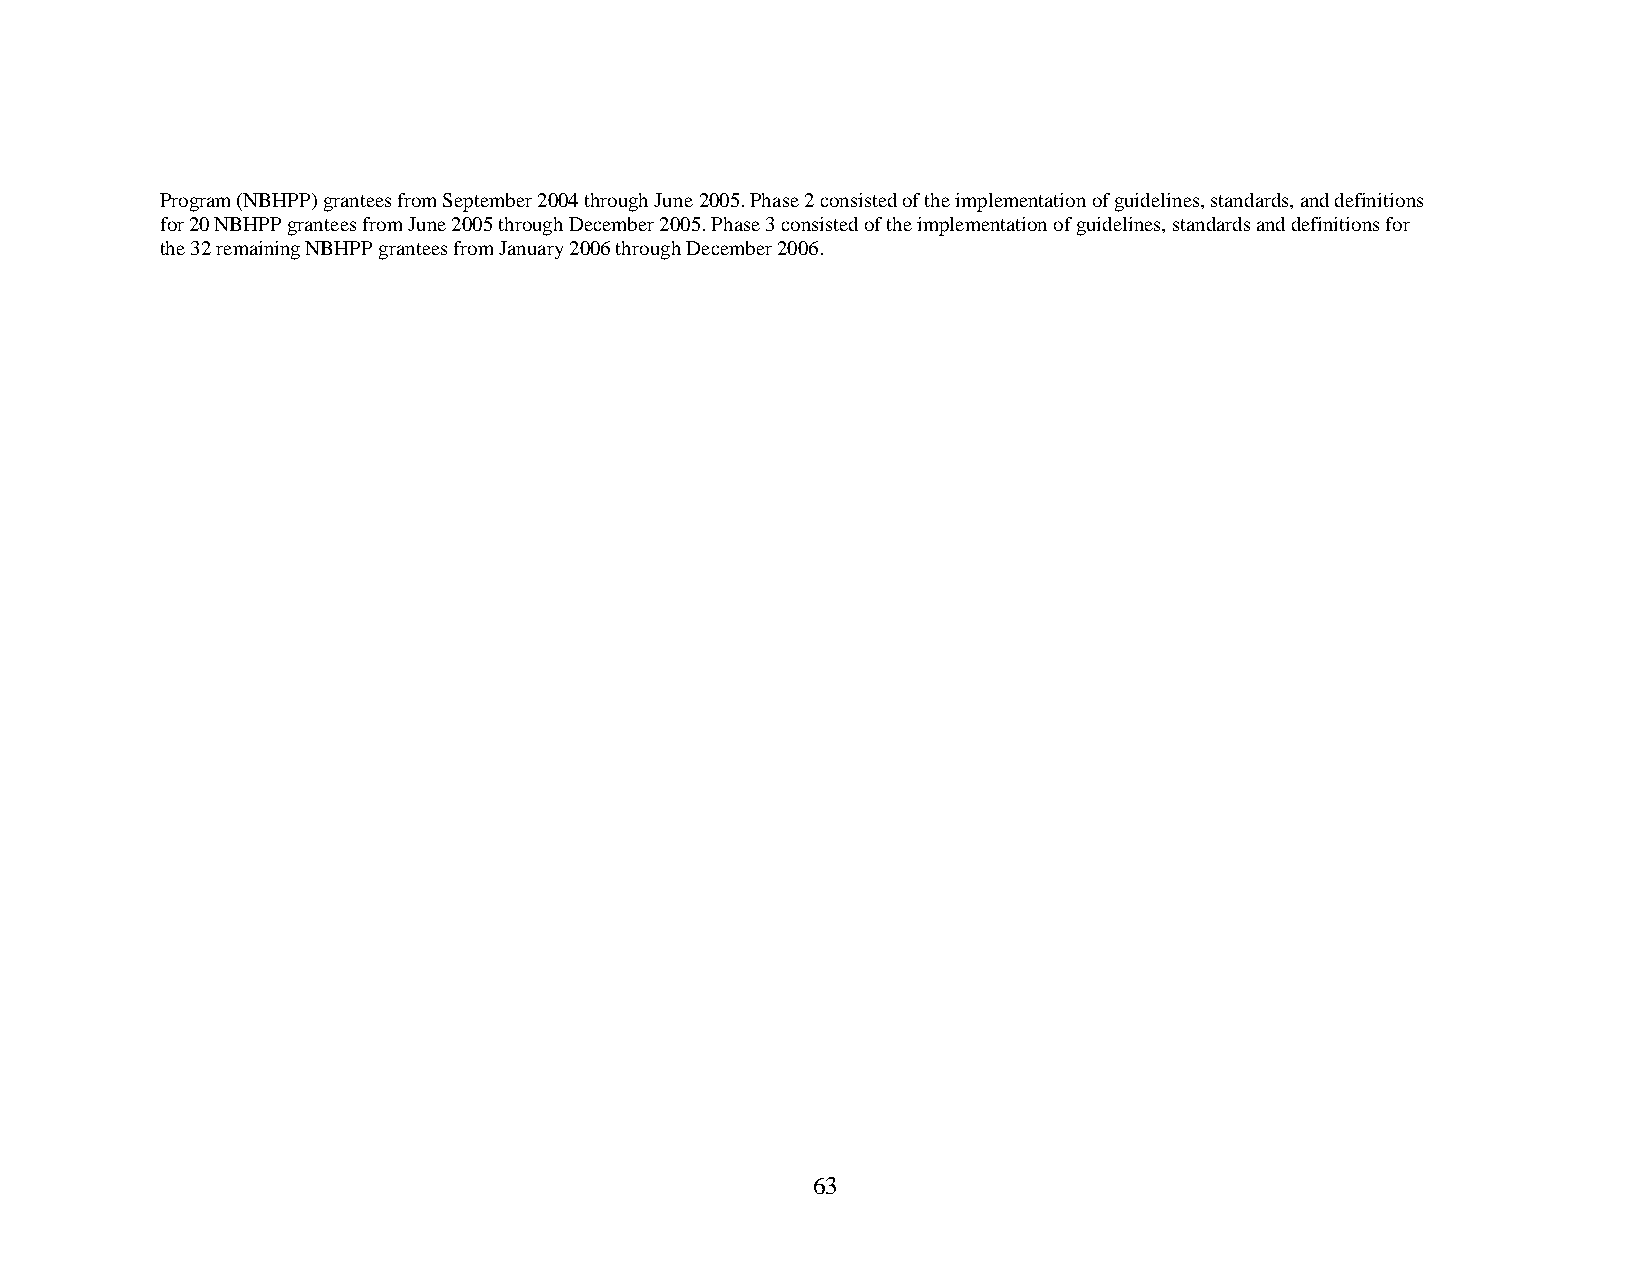
Program (NBHPP) grantees from September 2004 through June 2005. Phase 2 consisted of the implementation of guidelines, standards, and definitions
 for 20 NBHPP grantees from June 2005 through December 2005. Phase 3 consisted of the implementation of guidelines, standards and definitions for
 the 32 remaining NBHPP grantees from January 2006 through December 2006.
 63